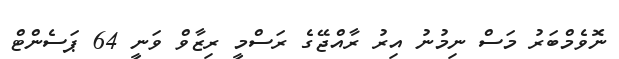
ނޮވެމްބަރު މަސް ނިމުނު އިރު ރާއްޖޭގެ ރަސްމީ ރިޒާވް ވަނީ 64 ޕަސެންޓް